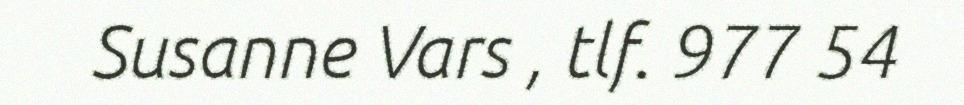
Susanne Vars , tlf. 977 54